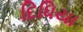
દિધિયા